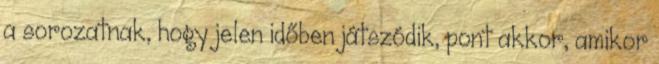
a sorozatnak, hogy jelen időben játszódik, pont akkor, amikor